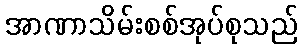
အာဏာသိမ်းစစ်အုပ်စုသည်